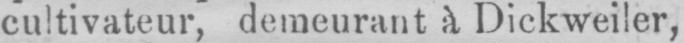
cultivateur, demeurant à Dickweiler,